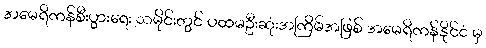
အမေရိကန်စီးပွားရေး သမိုင်းတွင် ပထမဦးဆုံးအကြိမ်အဖြစ် အမေရိကန်နိုင်ငံ မှ